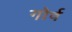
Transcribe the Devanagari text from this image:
गोर्व